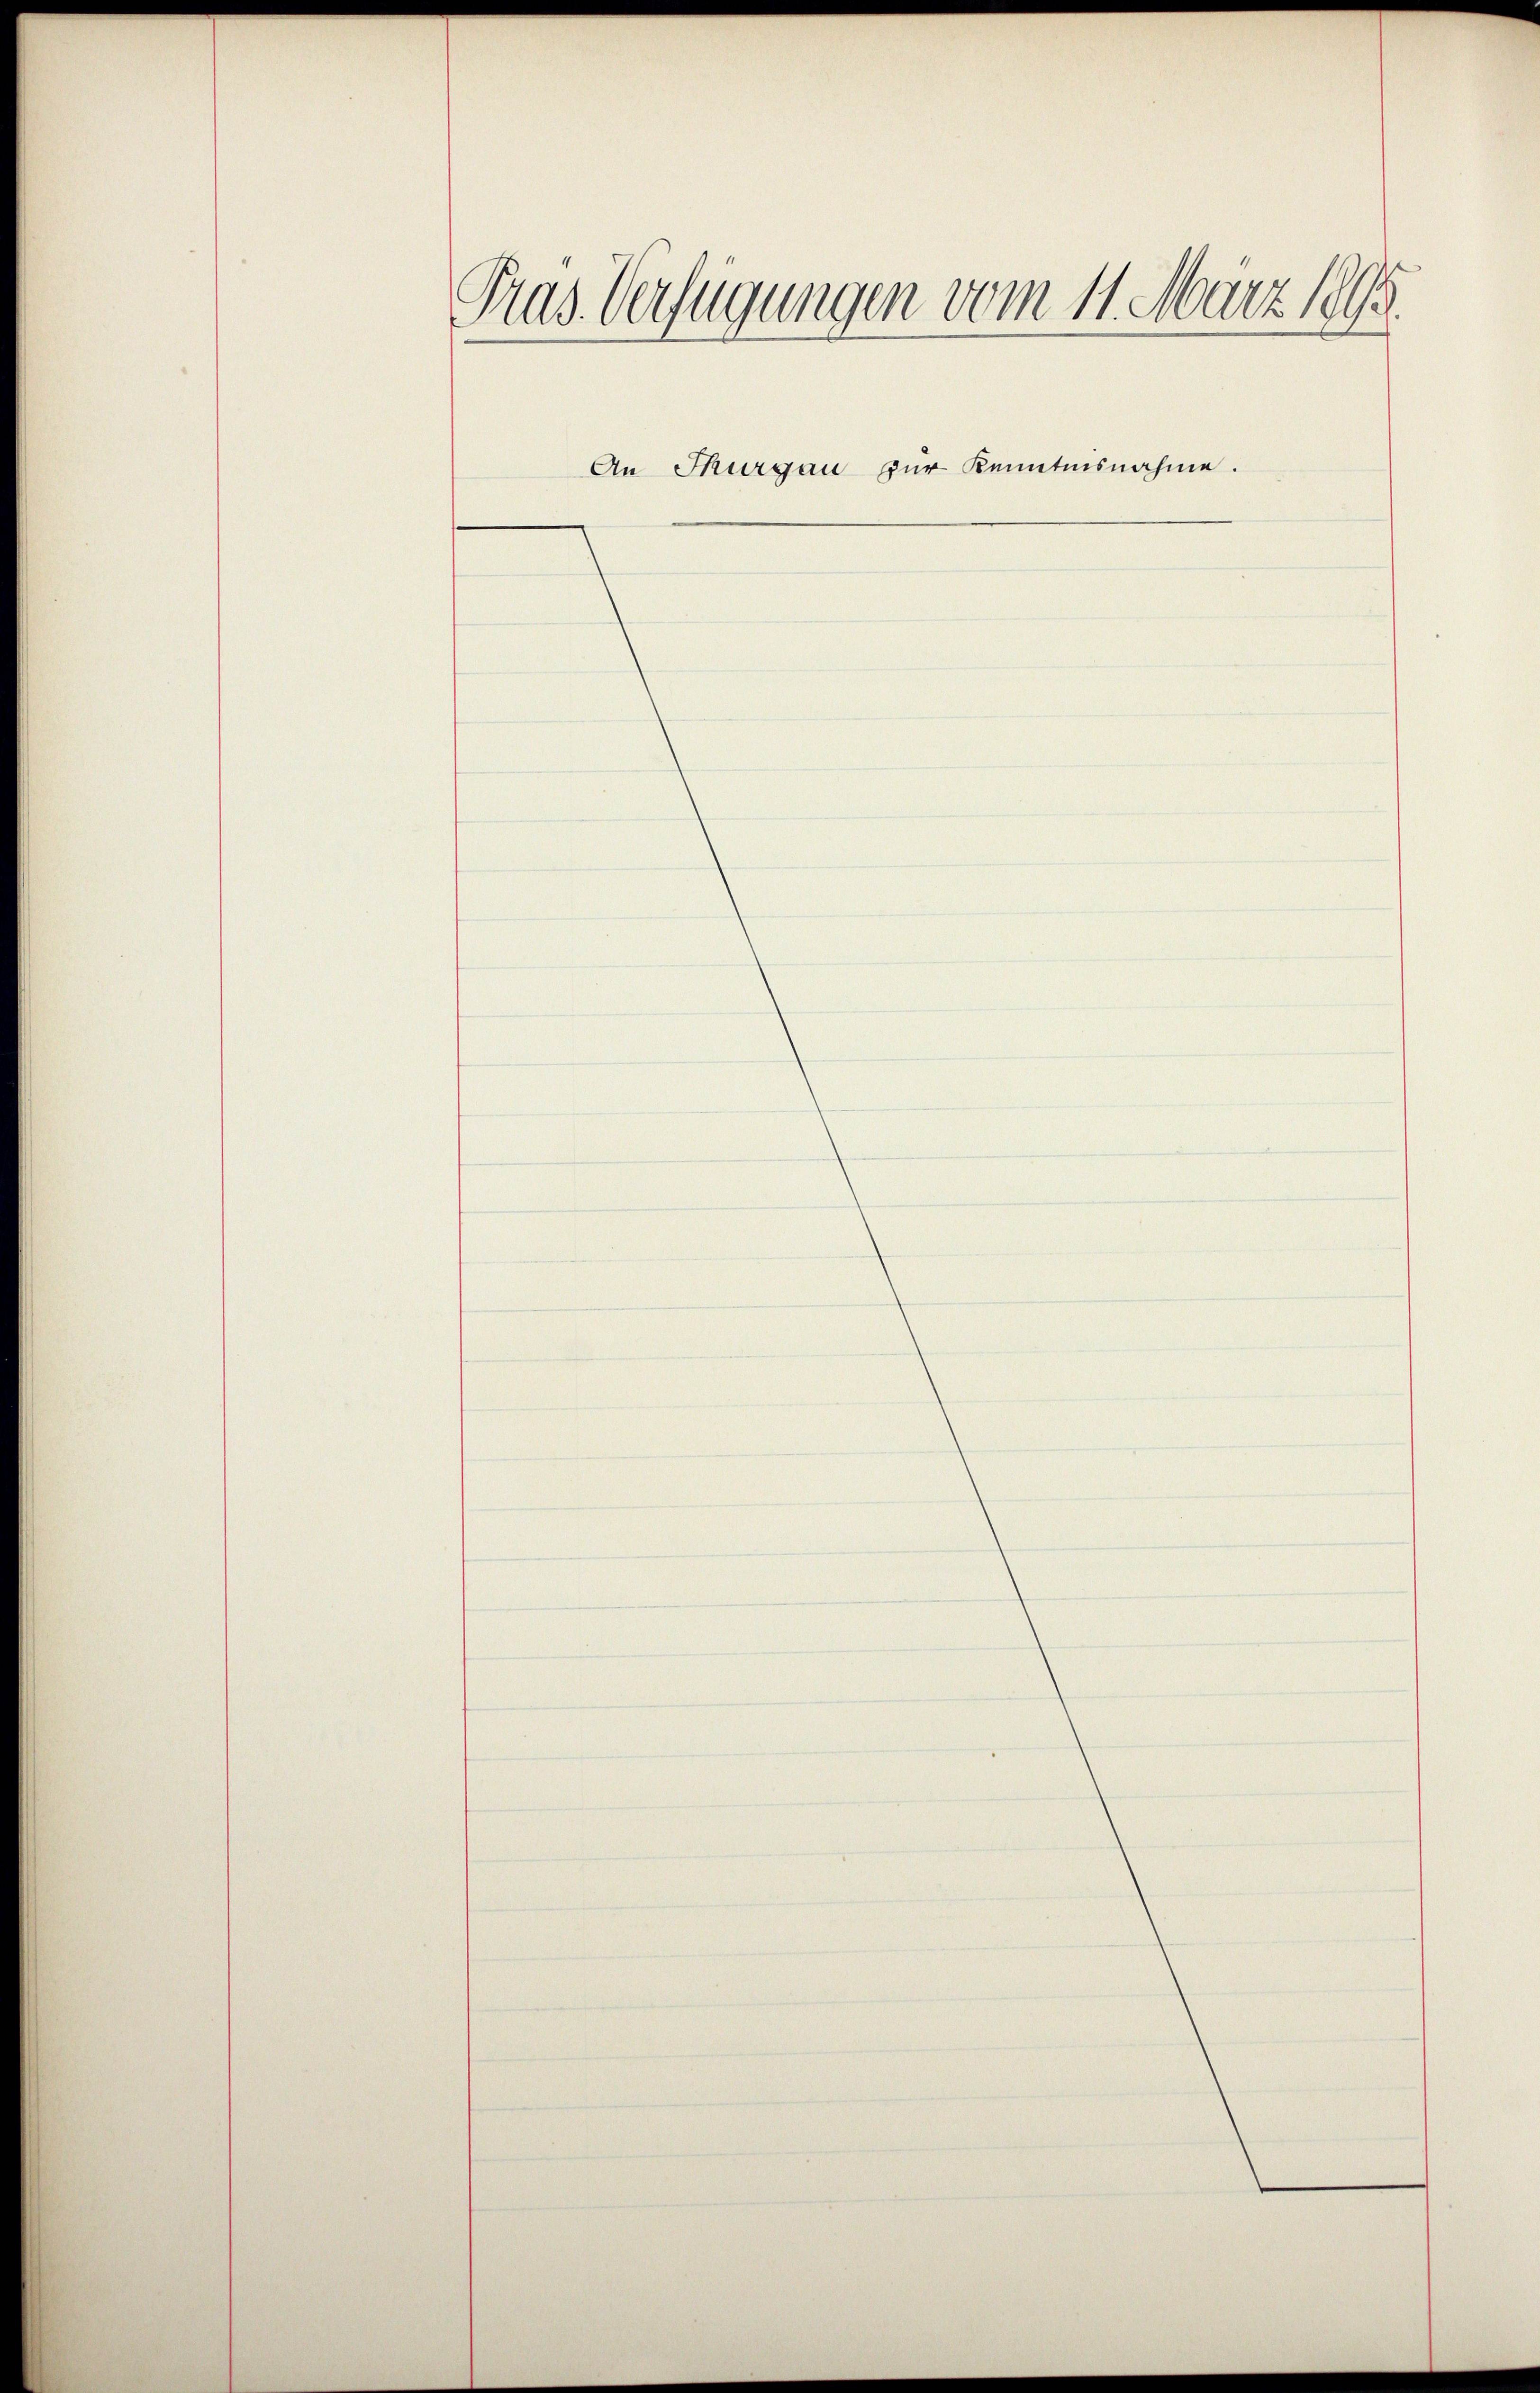
Pras. Verfügungen vom 11. März 1898.

An Thurgau zur Kenntnisnahme.